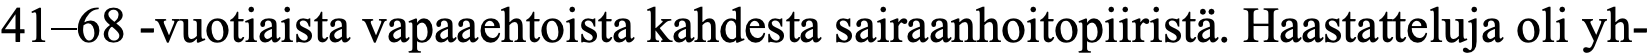
41–68 -vuotiaista vapaaehtoista kahdesta sairaanhoitopiiristä. Haastatteluja oli yh-